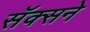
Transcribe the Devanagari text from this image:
सॅक्सने